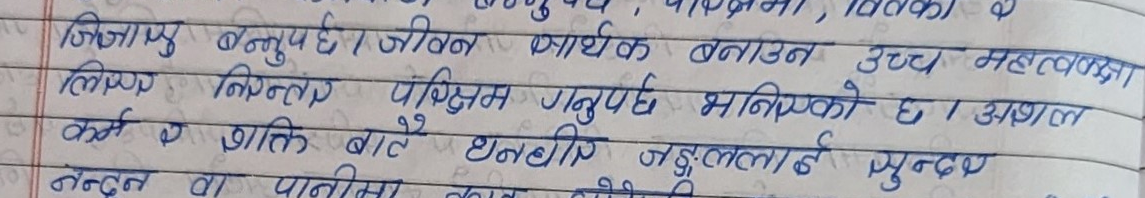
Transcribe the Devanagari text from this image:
जिज्ञासु बन्नुपर्छ। जीवन सार्थक बनाउन उच्च महत्वकाक्षा
लिएर निरन्तर परिक्षम गनुपर्छ भनिएको छ । अशल
कर्म र शक्ति बातें धनबीर जङ्गललाई सुन्दर
नन्दन वा पानीमा